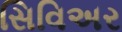
સિવિઅર